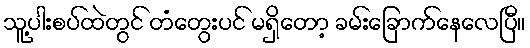
သူ့ပါးစပ်ထဲတွင် တံတွေးပင် မရှိတော့ ခမ်းခြောက်နေလေပြီ။